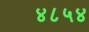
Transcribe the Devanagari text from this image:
४८५४